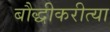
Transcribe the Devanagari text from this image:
बौद्धीकरीत्या